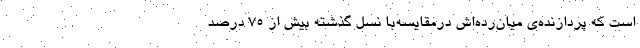
است که پردازنده‌ی میان‌رده‌اش درمقایسه‌با نسل گذشته بیش از ۷۵ درصد